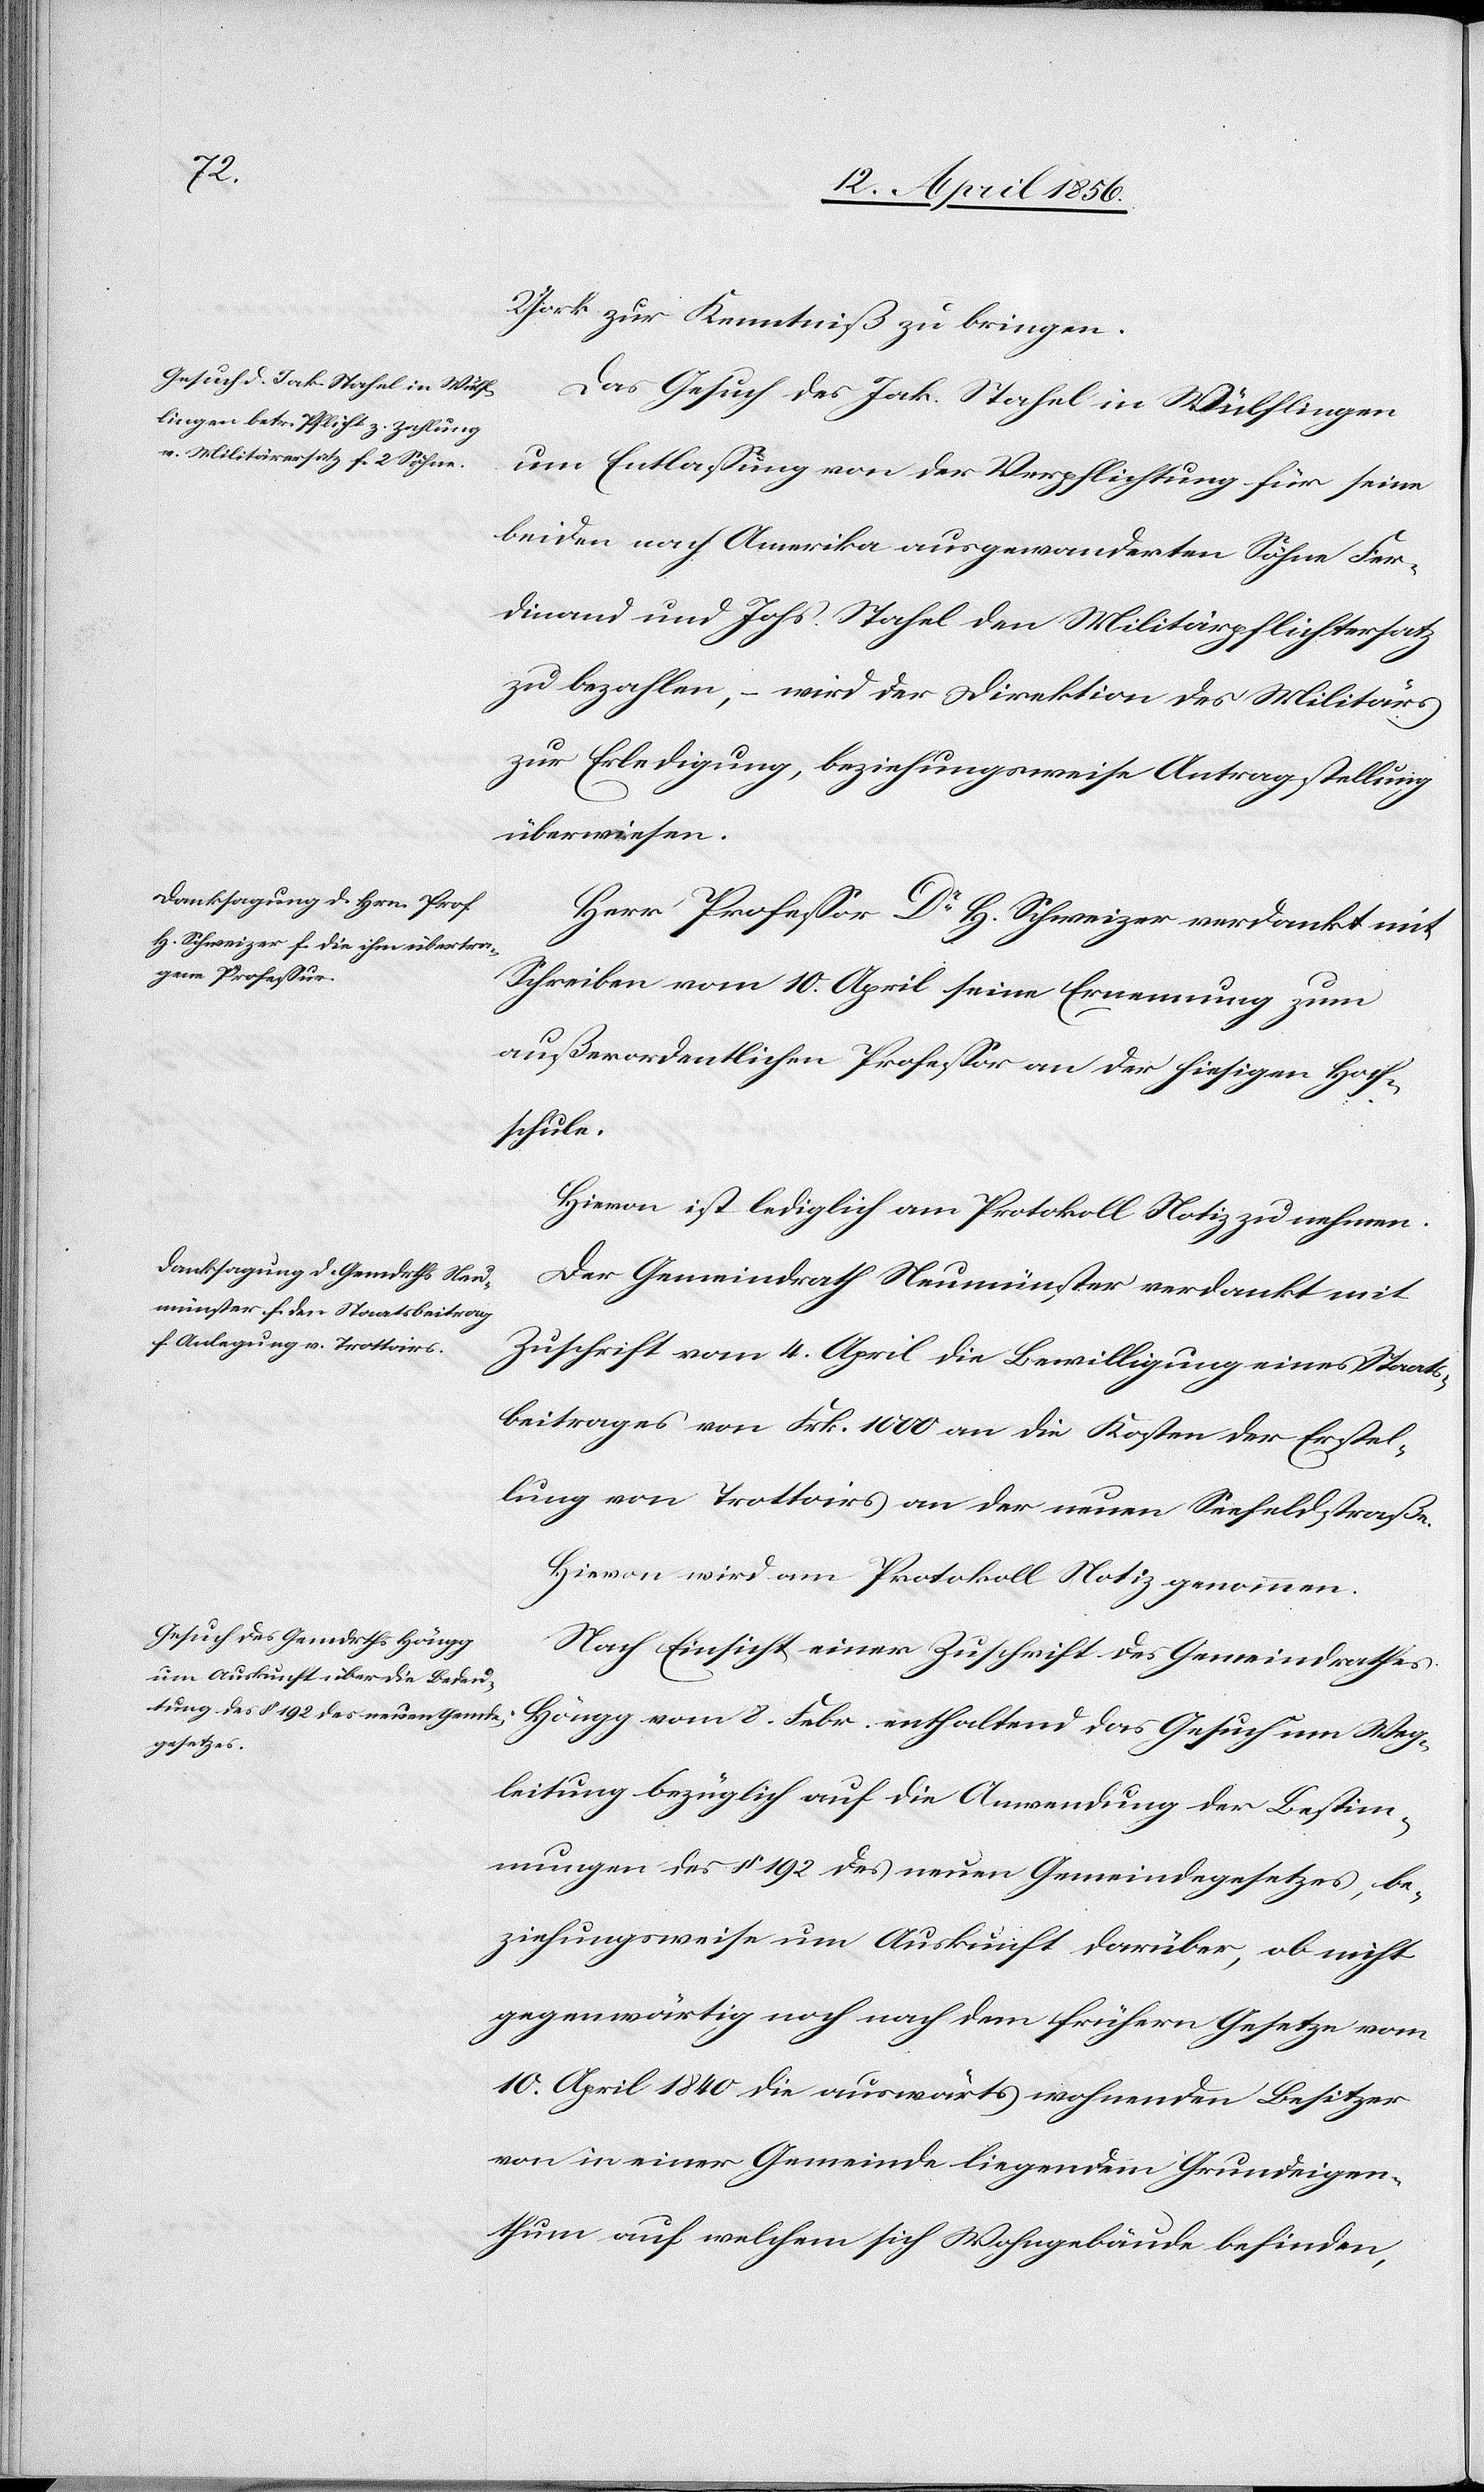
York zur Kenntniß zu bringen.
Das Gesuch des Jak. Stahel in Wülflingen
um Entlassung von der Verpflichtung für seine
beiden nach Amerika ausgewanderten Söhne Fer¬
dinand und Johs. Stahel den Militärpflichtersatz
zu bezahlen, – wird der Direktion des Militärs
zur Erledigung, beziehungsweise Antragstellung
überwiesen.
Herr Professor Dr H. Schweizer verdankt mit
Schreiben vom 10. April seine Ernennung zum
außerordentlichen Professor an der hiesigen Hoch¬
schule.
Hievon ist lediglich am Protokoll Notiz zu nehmen.
Der Gemeindrath Neumünster verdankt mit
Zuschrift vom 4. April die Bewilligung eines Staats¬
beitrages von Frk. 1000 an die Kosten der Erstel¬
lung von Trottoirs an der neuen Seefeldstraße.
Hievon wird am Protokoll Notiz genommen.
Nach Einsicht einer Zuschrift des Gemeindrathes
Höngg vom 8. Febr. enthaltend das Gesuch um Weg¬
leitung bezüglich auf die Anwendung der Bestim¬
mungen des § 192 des neuen Gemeindegesetzes, be¬
ziehungsweise um Auskunft darüber, ob nicht
gegenwärtig noch nach dem frühern Gesetze vom
10. April 1840 die auswärts wohnenden Besitzer
von in einer Gemeinde liegendem Grundeigen¬
thum auf welchem sich Wohngebäude befinden,